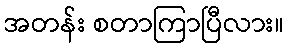
အတန်း စတာကြာပြီလား။